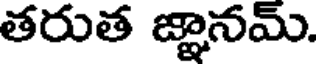
తరుత జ్ఞానమ్.